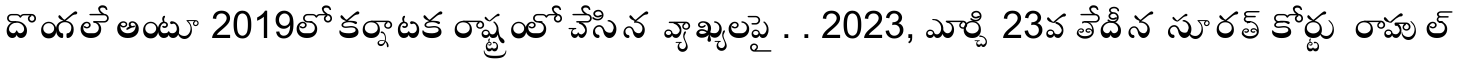
దొంగలే అంటూ 2019లో కర్నాటక రాష్ట్రంలో చేసిన వ్యాఖ్యలపై. . 2023, మార్చి 23వ తేదీన సూరత్ కోర్టు రాహుల్